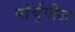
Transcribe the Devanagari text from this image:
पोर्चुगीज